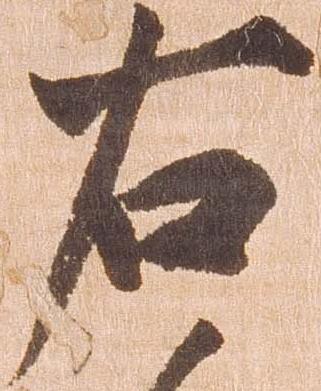
右